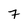
Character: 7